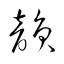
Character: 韻